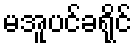
မအူပင်ခရိုင်